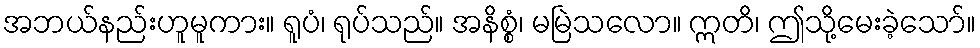
အဘယ်နည်းဟူမူကား။ ရူပံ၊ ရုပ်သည်။ အနိစ္စံ၊ မမြဲသလော။ ဣတိ၊ ဤသို့မေးခဲ့သော်။